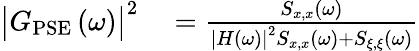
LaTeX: \begin{array}{r}{\begin{array}{rl}{\bigl|G_{\mathrm{PSE}}\left(\omega\right)\bigr|^{2}}&{{}=\frac{S_{x,x}\left(\omega\right)}{\left|H\left(\omega\right)\right|^{2}S_{x,x}\left(\omega\right)+S_{\xi,\xi}\left(\omega\right)}}\end{array}}\end{array}